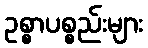
ဥစ္စာပစ္စည်းများ